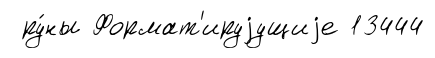
ру́ны Формат'ируjущиjе 13444